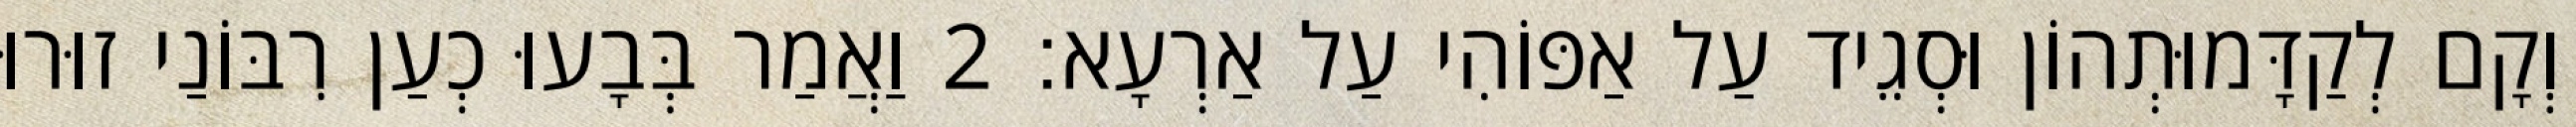
וְקָם לְקַדָּמוּתְהוֹן וּסְגֵיד עַל אַפּוֹהִי עַל אַרְעָא׃ 2 וַאֲמַר בְּבָעוּ כְעַן רִבּוֹנַי זוּרוּ